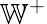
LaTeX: \mathbb{W}^{+}